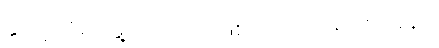
နူးညံ့သိမ်မွေ့သည်သာဖြစ်ကြောင်း ရှင်းပြခန်း။